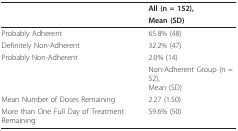
<table><thead><tr><td></td><td><b>All (n = 152),</b></td></tr><tr><td></td><td><b>Mean (SD)</b></td></tr></thead><tbody><tr><td>Probably Adherent</td><td>65.8% (48)</td></tr><tr><td>Definitely Non-Adherent</td><td>32.2% (47)</td></tr><tr><td>Probably Non-Adherent</td><td>2.0% (14)</td></tr><tr><td></td><td>Non-Adherent Group (n = 52),Mean (SD)</td></tr><tr><td>Mean Number of Doses Remaining</td><td>2.27 (1.50)</td></tr><tr><td>More than One Full Day of Treatment Remaining</td><td>59.6% (50)</td></tr></tbody></table>